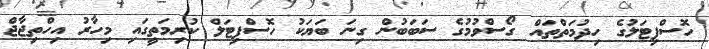
ހޮސްޕިޓަލުގެ ހިދުމަތްތައް ގޯސްވުމުގެ ސަބަބުން ގިނަ ބަޔަކު ހޮސްޕިޓަލް ކުރިމަތީގައި މިހާރު އިހްތިޖާޖް